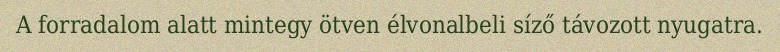
A forradalom alatt mintegy ötven élvonalbeli síző távozott nyugatra.